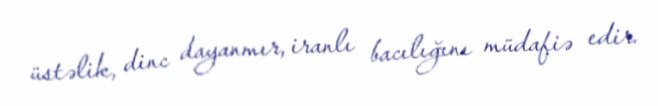
üstəlik, dinc dayanmır, iranlı bacılığını müdafiə edir.